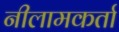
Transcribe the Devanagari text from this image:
नीलामकर्ता